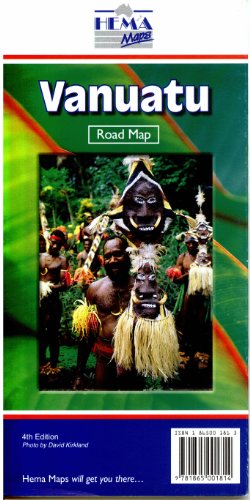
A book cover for Vanuatu; Travel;